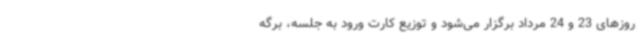
روزهای 23 و 24 مرداد برگزار می‌شود و توزیع کارت ورود به جلسه، برگه